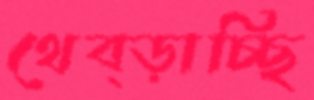
থেব্‌ড়াচ্ছি